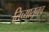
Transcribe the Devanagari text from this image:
तिच्यातूनच